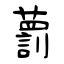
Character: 藅